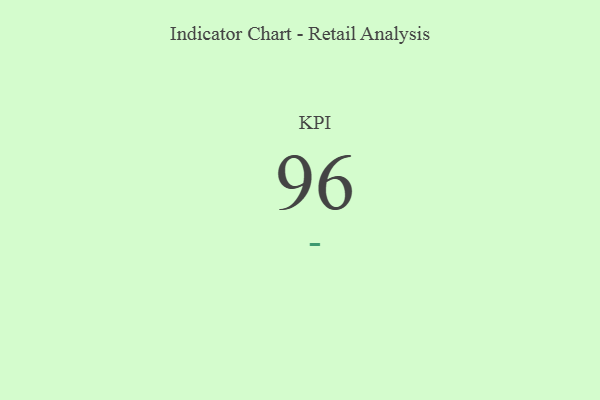
{"axis": {"x": "KPI", "y": "Value"}, "legend": [""], "data": [{"x": "KPI", "y": 96, "type": ""}]}